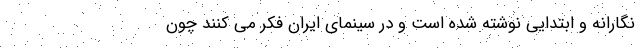
نگارانه و ابتدایی نوشته شده است و در سینمای ایران فکر می کنند چون